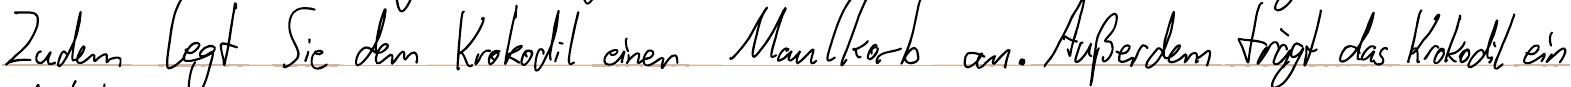
Zudem legt Sie dem Krokodil einen Maulkorb an. Außerdem trägt das Krokodil ein